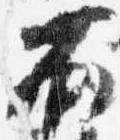
不